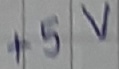
Text: +5V